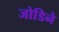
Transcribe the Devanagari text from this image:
जोडिने